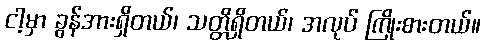
ငါ့မှာ ခွန်အားရှိတယ်၊ သတ္တိရှိတယ်၊ အလုပ် ကြိုးစားတယ်။